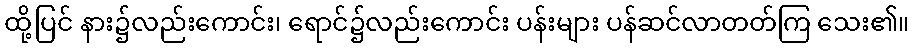
ထို့ပြင် နား၌လည်းကောင်း၊ ရောင်၌လည်းကောင်း ပန်းများ ပန်ဆင်လာတတ်ကြ သေး၏။